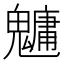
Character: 𩴔